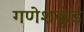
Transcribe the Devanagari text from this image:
गणेशकुंड